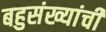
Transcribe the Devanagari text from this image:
बहुसंख्यांची